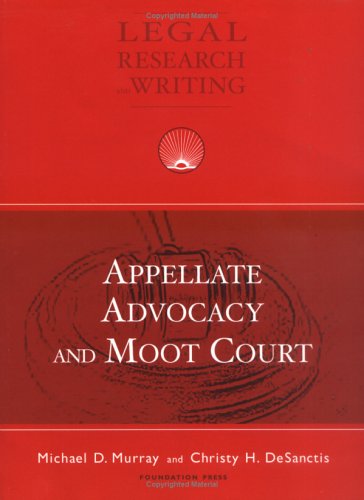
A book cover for Appellate Advocacy and Moot Court (University Casebook Series); Michael Murray; Law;